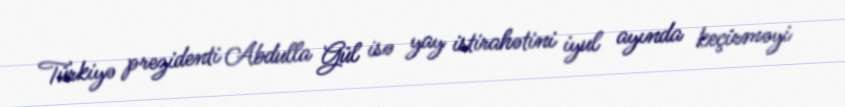
Türkiyə prezidenti Abdulla Gül isə yay istirahətini iyul ayında keçirməyi